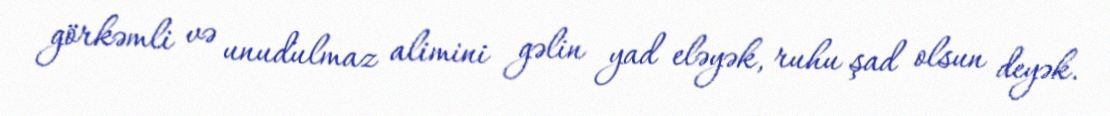
görkəmli və unudulmaz alimini gəlin yad eləyək, ruhu şad olsun deyək.